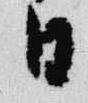
日